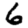
Digit: 6